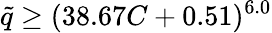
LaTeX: \tilde{q}\geq(38.67C+0.51)^{6.0}